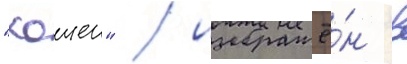
"хошен" / изображё́н в